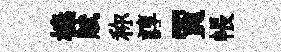
榛賦称諄賈帳